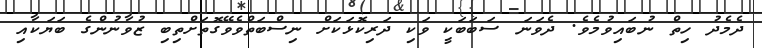
ދެމެދު ހިތް ނުބައިވުމެވެ. ދެވަނަ ސަބަބަކީ ވަކި ދަރިކޮޅަކަށް ނިސްބަތްވެވޭގޮތަށްތިބި ޒުވާނުންގެ ބަޔަކާއި